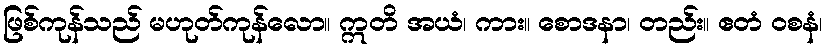
ဖြစ်ကုန်သည် မဟုတ်ကုန်လော။ ဣတိ အယံ၊ ကား။ စောဒနာ၊ တည်း။ ဧတံ ဝစနံ၊